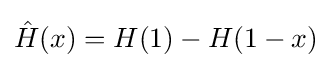
{\hat {H}}(x)=H(1)-H(1-x)